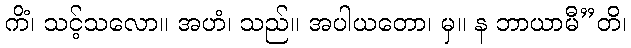
ကိံ၊ သင့်သလော။ အဟံ၊ သည်။ အပါယတော၊ မှ။ န ဘာယာမီ”တိ၊